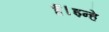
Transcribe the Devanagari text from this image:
हैं।इन्हे